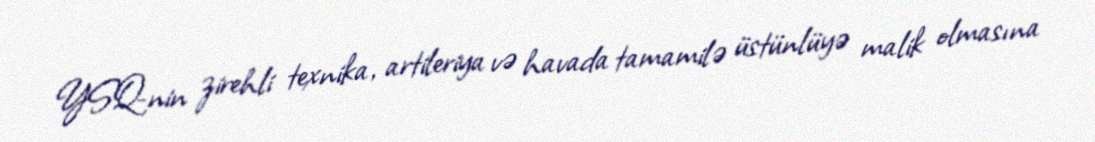
YSQ-nin zirehli texnika, artileriya və havada tamamilə üstünlüyə malik olmasına